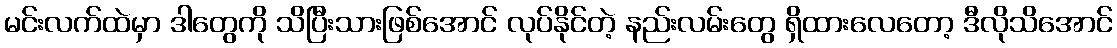
မင်းလက်ထဲမှာ ဒါတွေကို သိပြီးသားဖြစ်အောင် လုပ်နိုင်တဲ့ နည်းလမ်းတွေ ရှိထားလေတော့ ဒီလိုသိအောင်